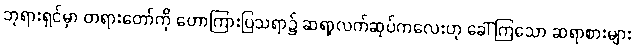
ဘုရားရှင်မှာ တရားတော်ကို ဟောကြားပြသရာ၌ ဆရာ့လက်ဆုပ်ကလေးဟု ခေါ်ကြသော ဆရာစားများ